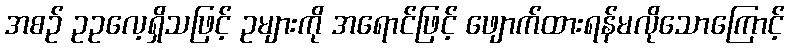
အစဉ် ဥဥလေ့ရှိသဖြင့် ဥများကို အရောင်ဖြင့် ဖျောက်ထားရန်မလိုသောကြောင့်